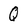
Character: Q